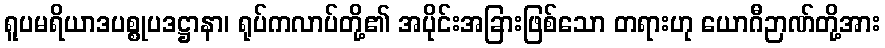
ရူပမရိယာဒပစ္စုပဒဋ္ဌာနာ၊ ရုပ်ကလာပ်တို့၏ အပိုင်းအခြားဖြစ်သော တရားဟု ယောဂီဉာဏ်တို့အား